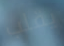
يقلب